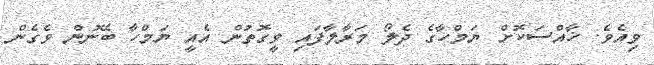
ވިއެވެ. ޚާއްސަކޮށް ޔަމްހާގެ ދެލޯ މަރާލާފައި ވީގޮތުން އެއީ ޔަމްހާ ބޭނުން ވެގެން